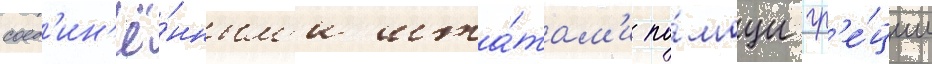
соед'ин'ё́нным'и шта́там'и по́мощи гр'е́ции